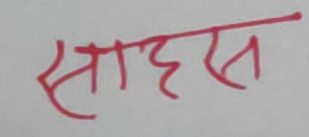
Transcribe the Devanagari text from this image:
साहस